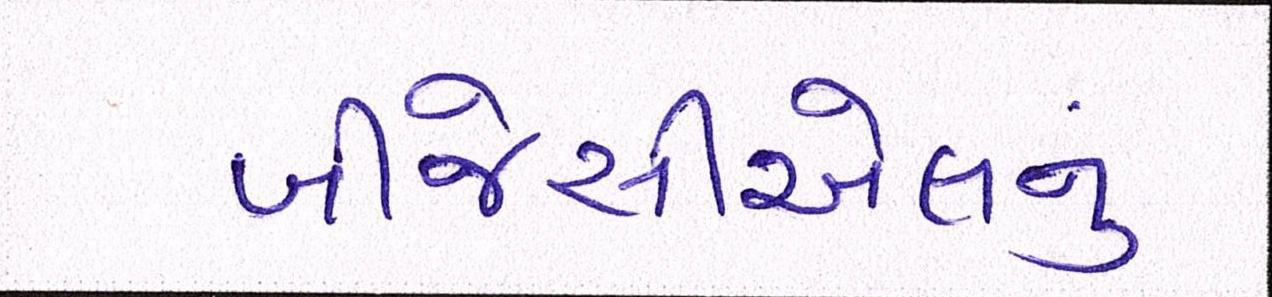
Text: બીજેસીએલનું